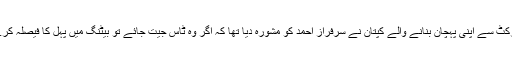
کرکٹ سے اپنی پہچان بنانے والے کپتان نے سرفراز احمد کو مشورہ دیا تھا کہ اگر وہ ٹاس جیت جائے تو بیٹنگ میں پہل کا فیصلہ کرے۔